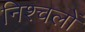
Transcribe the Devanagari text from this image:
निश्चलों